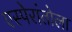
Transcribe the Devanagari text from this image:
एस्पेरांतोला